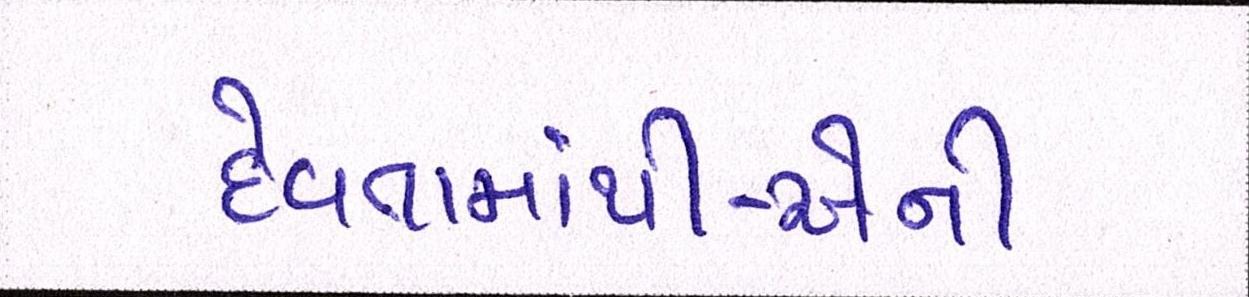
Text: દેવતામાંથી-એની